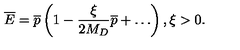
{ \overline { E } } = { \overline { p } } \left( 1 - \frac { \xi } { 2 M _ { D } } { \overline { p } } + \dots \right) , \xi > 0 .